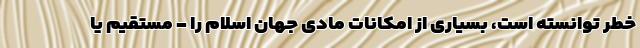
خطر توانسته است، بسیاری از امکانات مادی جهان اسلام را - مستقیم یا